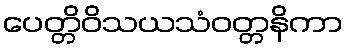
ပေတ္တိဝိသယသံဝတ္တနိကာ